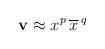
LaTeX: \begin{align*}\mathbf v\approx x^p\,\overline x\,^q\end{align*}